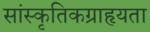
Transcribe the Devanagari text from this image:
सांस्कृतिकग्राहृयता